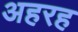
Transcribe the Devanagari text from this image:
अहरह